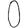
Digit: 0